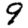
Digit: 9